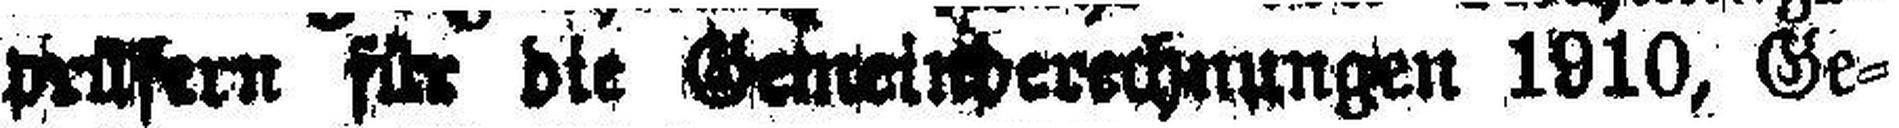
prüfern für die Gemeinderchnungen 1910, Ge¬